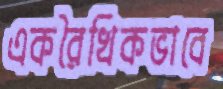
একরৈখিকভাবে